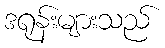
ဒရုန်းများသည်